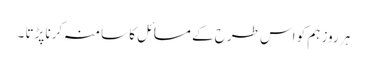
ہر روز ہم کو اس طرح کے مسائل کا سامنہ کرنا پڑتا ۔